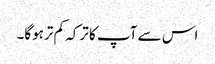
اس سے آپ کا ترکہ کم ترہوگا۔